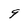
Character: 9